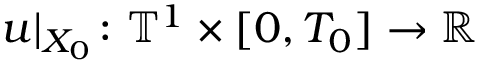
u | _ { X _ { 0 } } \colon \ensuremath { \mathbb { T } } ^ { 1 } \times [ 0 , T _ { 0 } ] \to \ensuremath { \mathbb { R } }